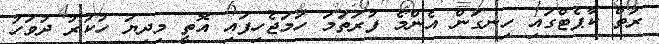
ރަތް ކާޕެޓްގައި ހިނގަން އެންމެ ފުރަތަމަ ހަމަޖެހިފައި އޮތީ މިދިޔަ ހުކުރު ދުވަހު